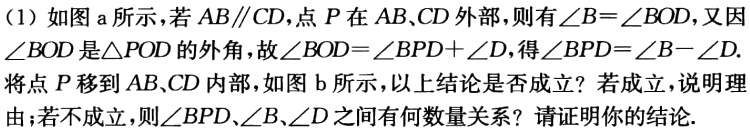
（1）如图 a 所示，若\(AB\parallel CD\)，点\(P\)在\(AB\)、\(CD\)外部，则有\(\angle B = \angle BOD\)，又因\(\angle BOD\)是\(\triangle POD\)的外角，故\(\angle BOD=\angle BPD + \angle D\)，得\(\angle BPD=\angle B - \angle D\).
将点\(P\)移到\(AB\)、\(CD\)内部，如图 b 所示，以上结论是否成立？若成立，说明理由；若不成立，则\(\angle BPD\)、\(\angle B\)、\(\angle D\)之间有何数量关系？请证明你的结论.